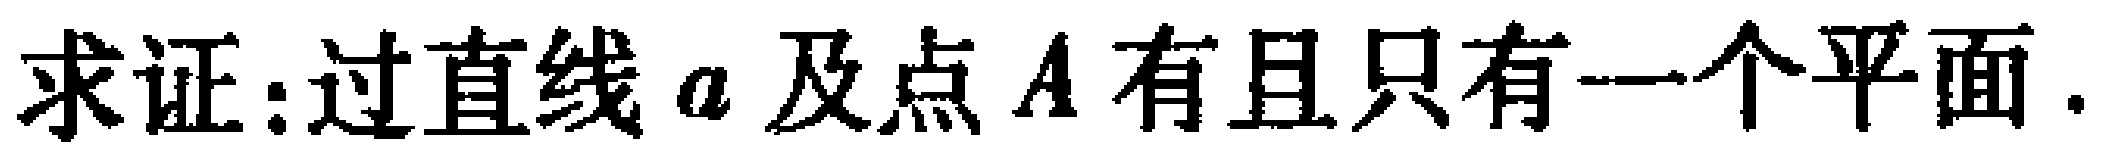
求证：过直线\(a\)及点\(A\)有且只有一个平面.